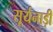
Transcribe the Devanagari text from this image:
सूर्यनाड़ी